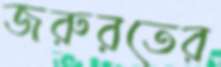
জরুরতের